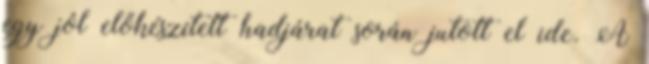
egy jól előkészített hadjárat során jutott el ide. A